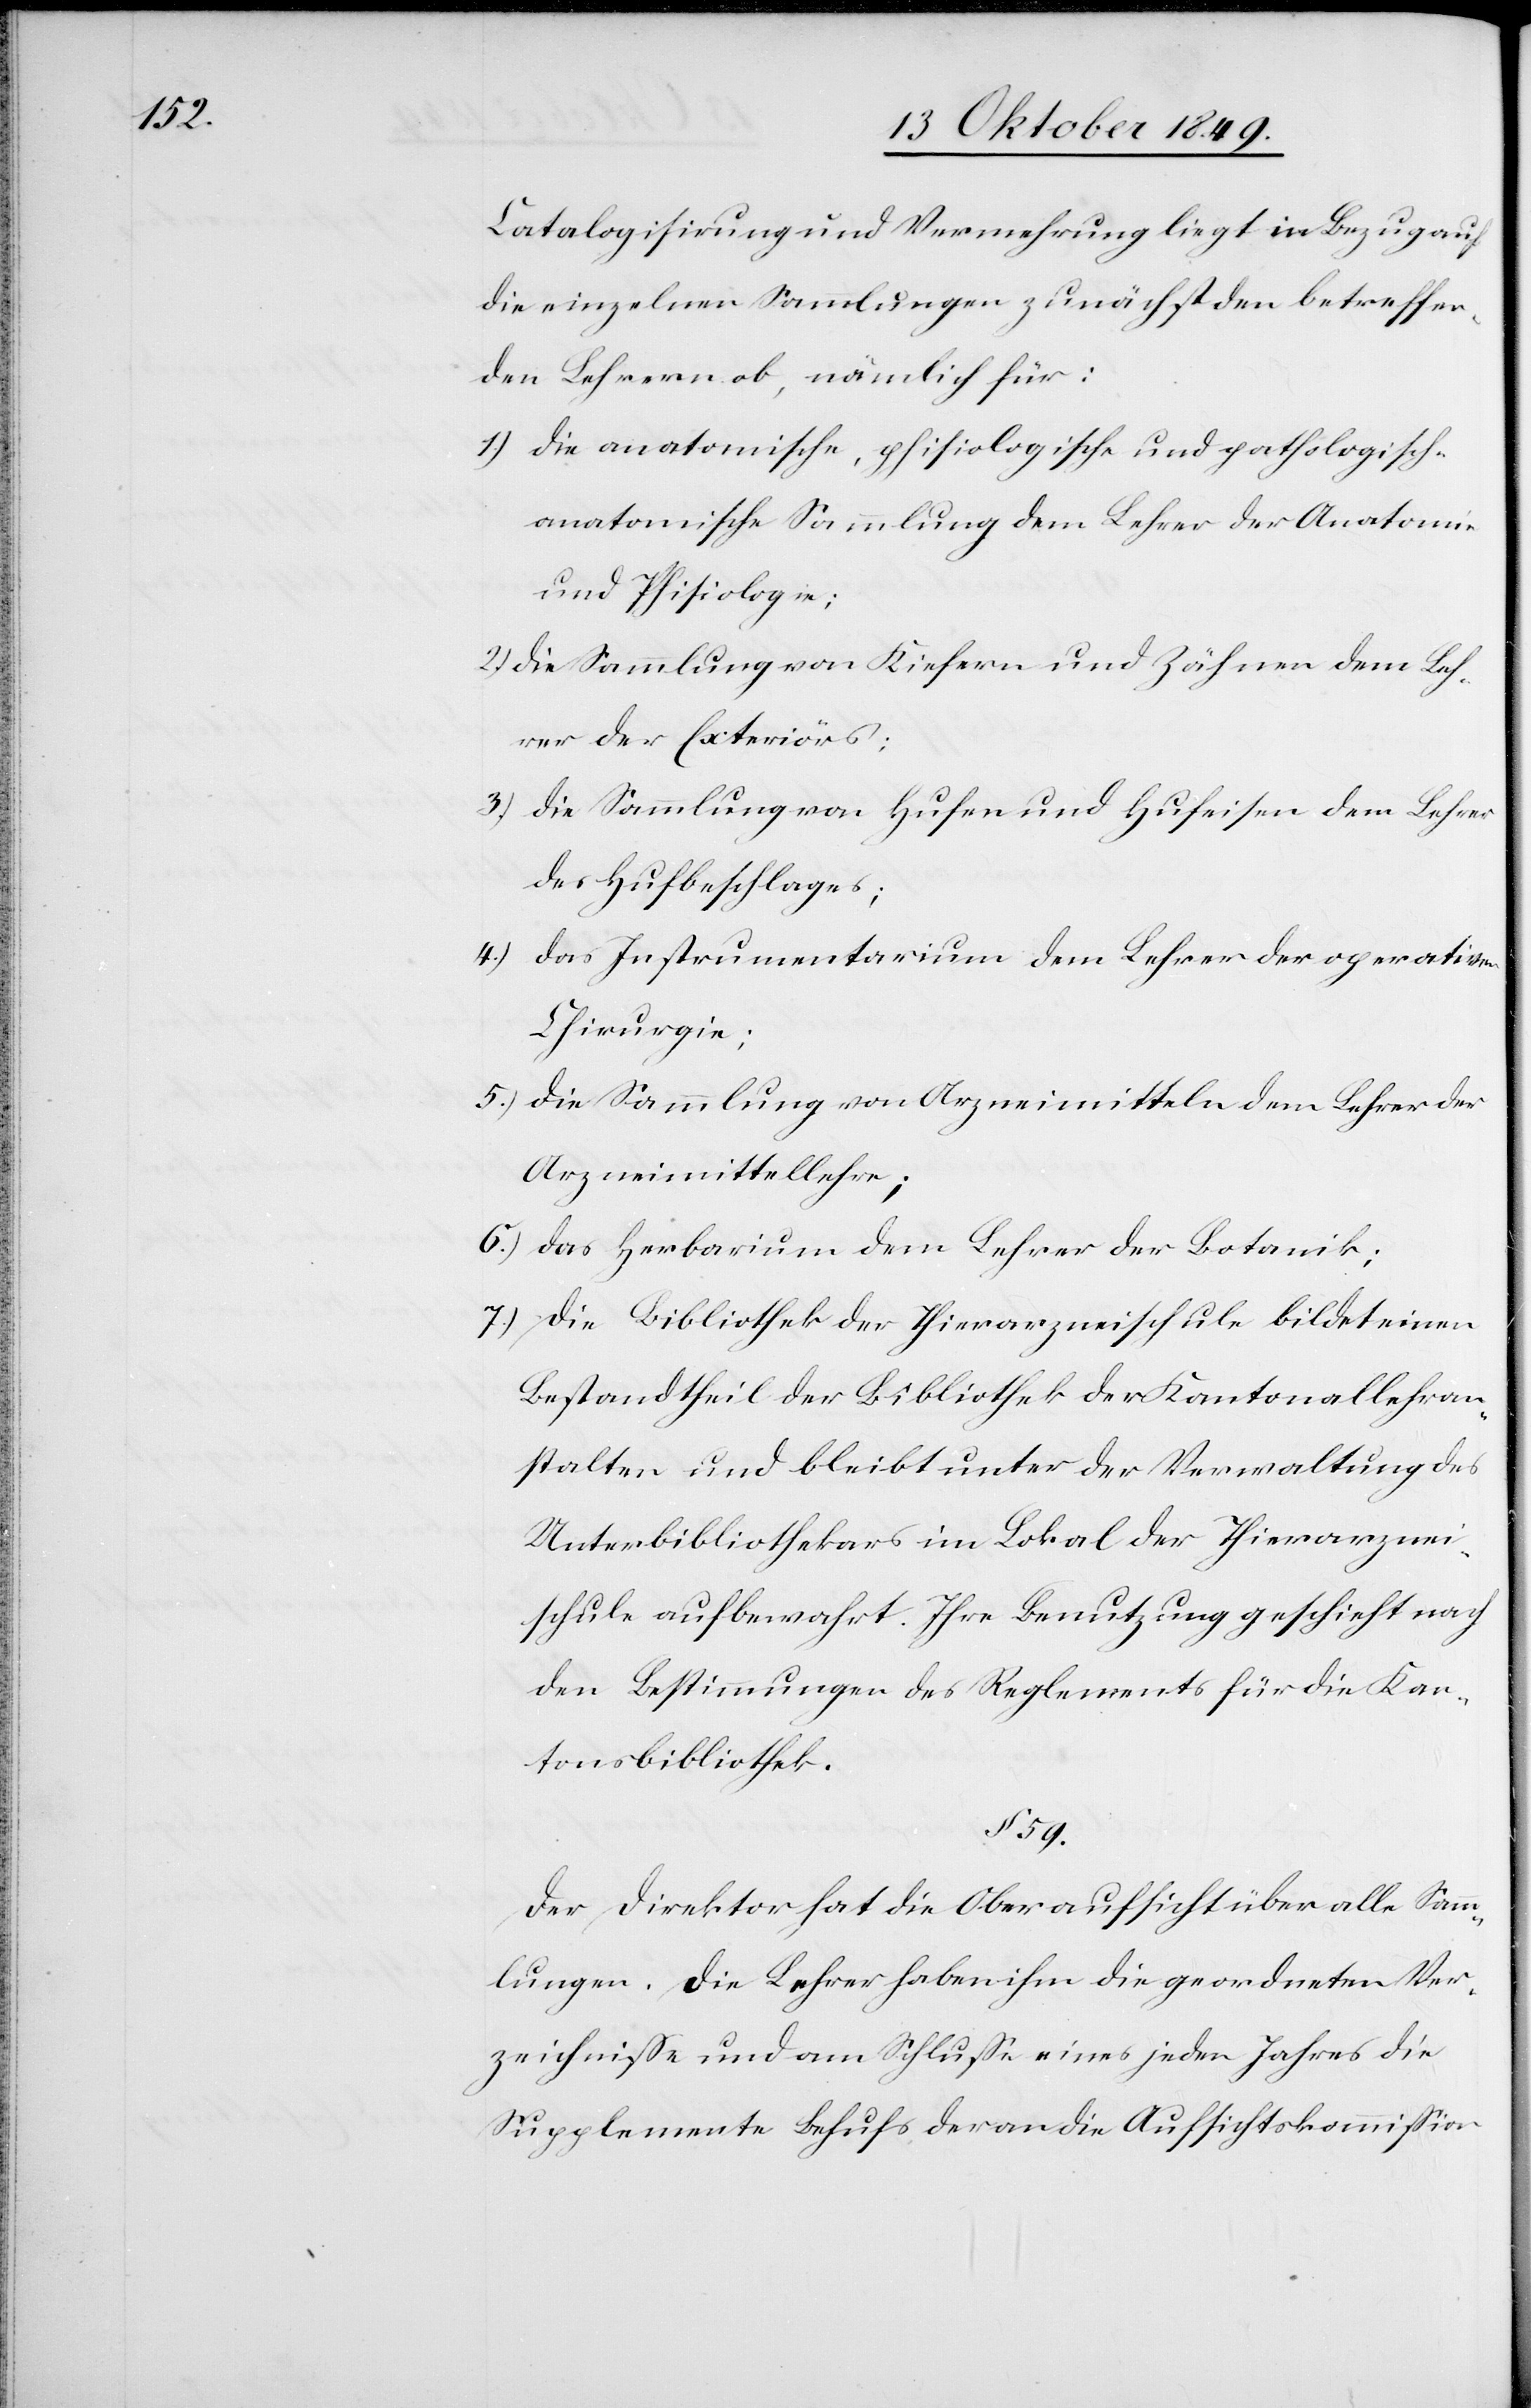
Catalogisirung und Vermehrung liegt in Bezug auf
die einzelnen Sammlungen zunächst den betreffen¬
den Lehrer ob, nämlich für:
1.) die anatomische, phisiologische und pathologisc¬
h-anatomische Sammlung dem Lehrer der Anatomie
und Phisiologie;
2.) Die Sammlung von Kiefern und Zähnen dem Leh¬
rer der Exteriörs;
3.) Die Sammlung von Hufen und Hufeisen dem Lehrer
des Hufbeschlages;
4.)
Das Instrumentarium dem Lehrer der operativen
Chirurgie;
5.) Die Sammlung von Arzneimitteln dem Lehrer der
Arzneimittellehre;
6.) Das Herbarium dem Lehrer der Botanik;
7.) Die Bibliothek der Thierarzneischule bildet einen
Bestandtheil der Bibliothek der Kantonallehran¬
stalten und bleibt unter der Verwaltung des
Unterbibliothekars im Lokal der Thierarznei¬
schule aufbewahrt. Ihre Benutzung geschieht nach
den Bestimmungen des Reglements für die Kan¬
tonsbibliothek.
§ 59.
Der Direktor hat die Oberaufsicht über alle Samm¬
lungen. Die Lehrer haben ihm die geordneten Ver¬
zeichniße und am Schluße eines jeden Jahres die
Supplemente Behufs der an die Aufsichtskommißion